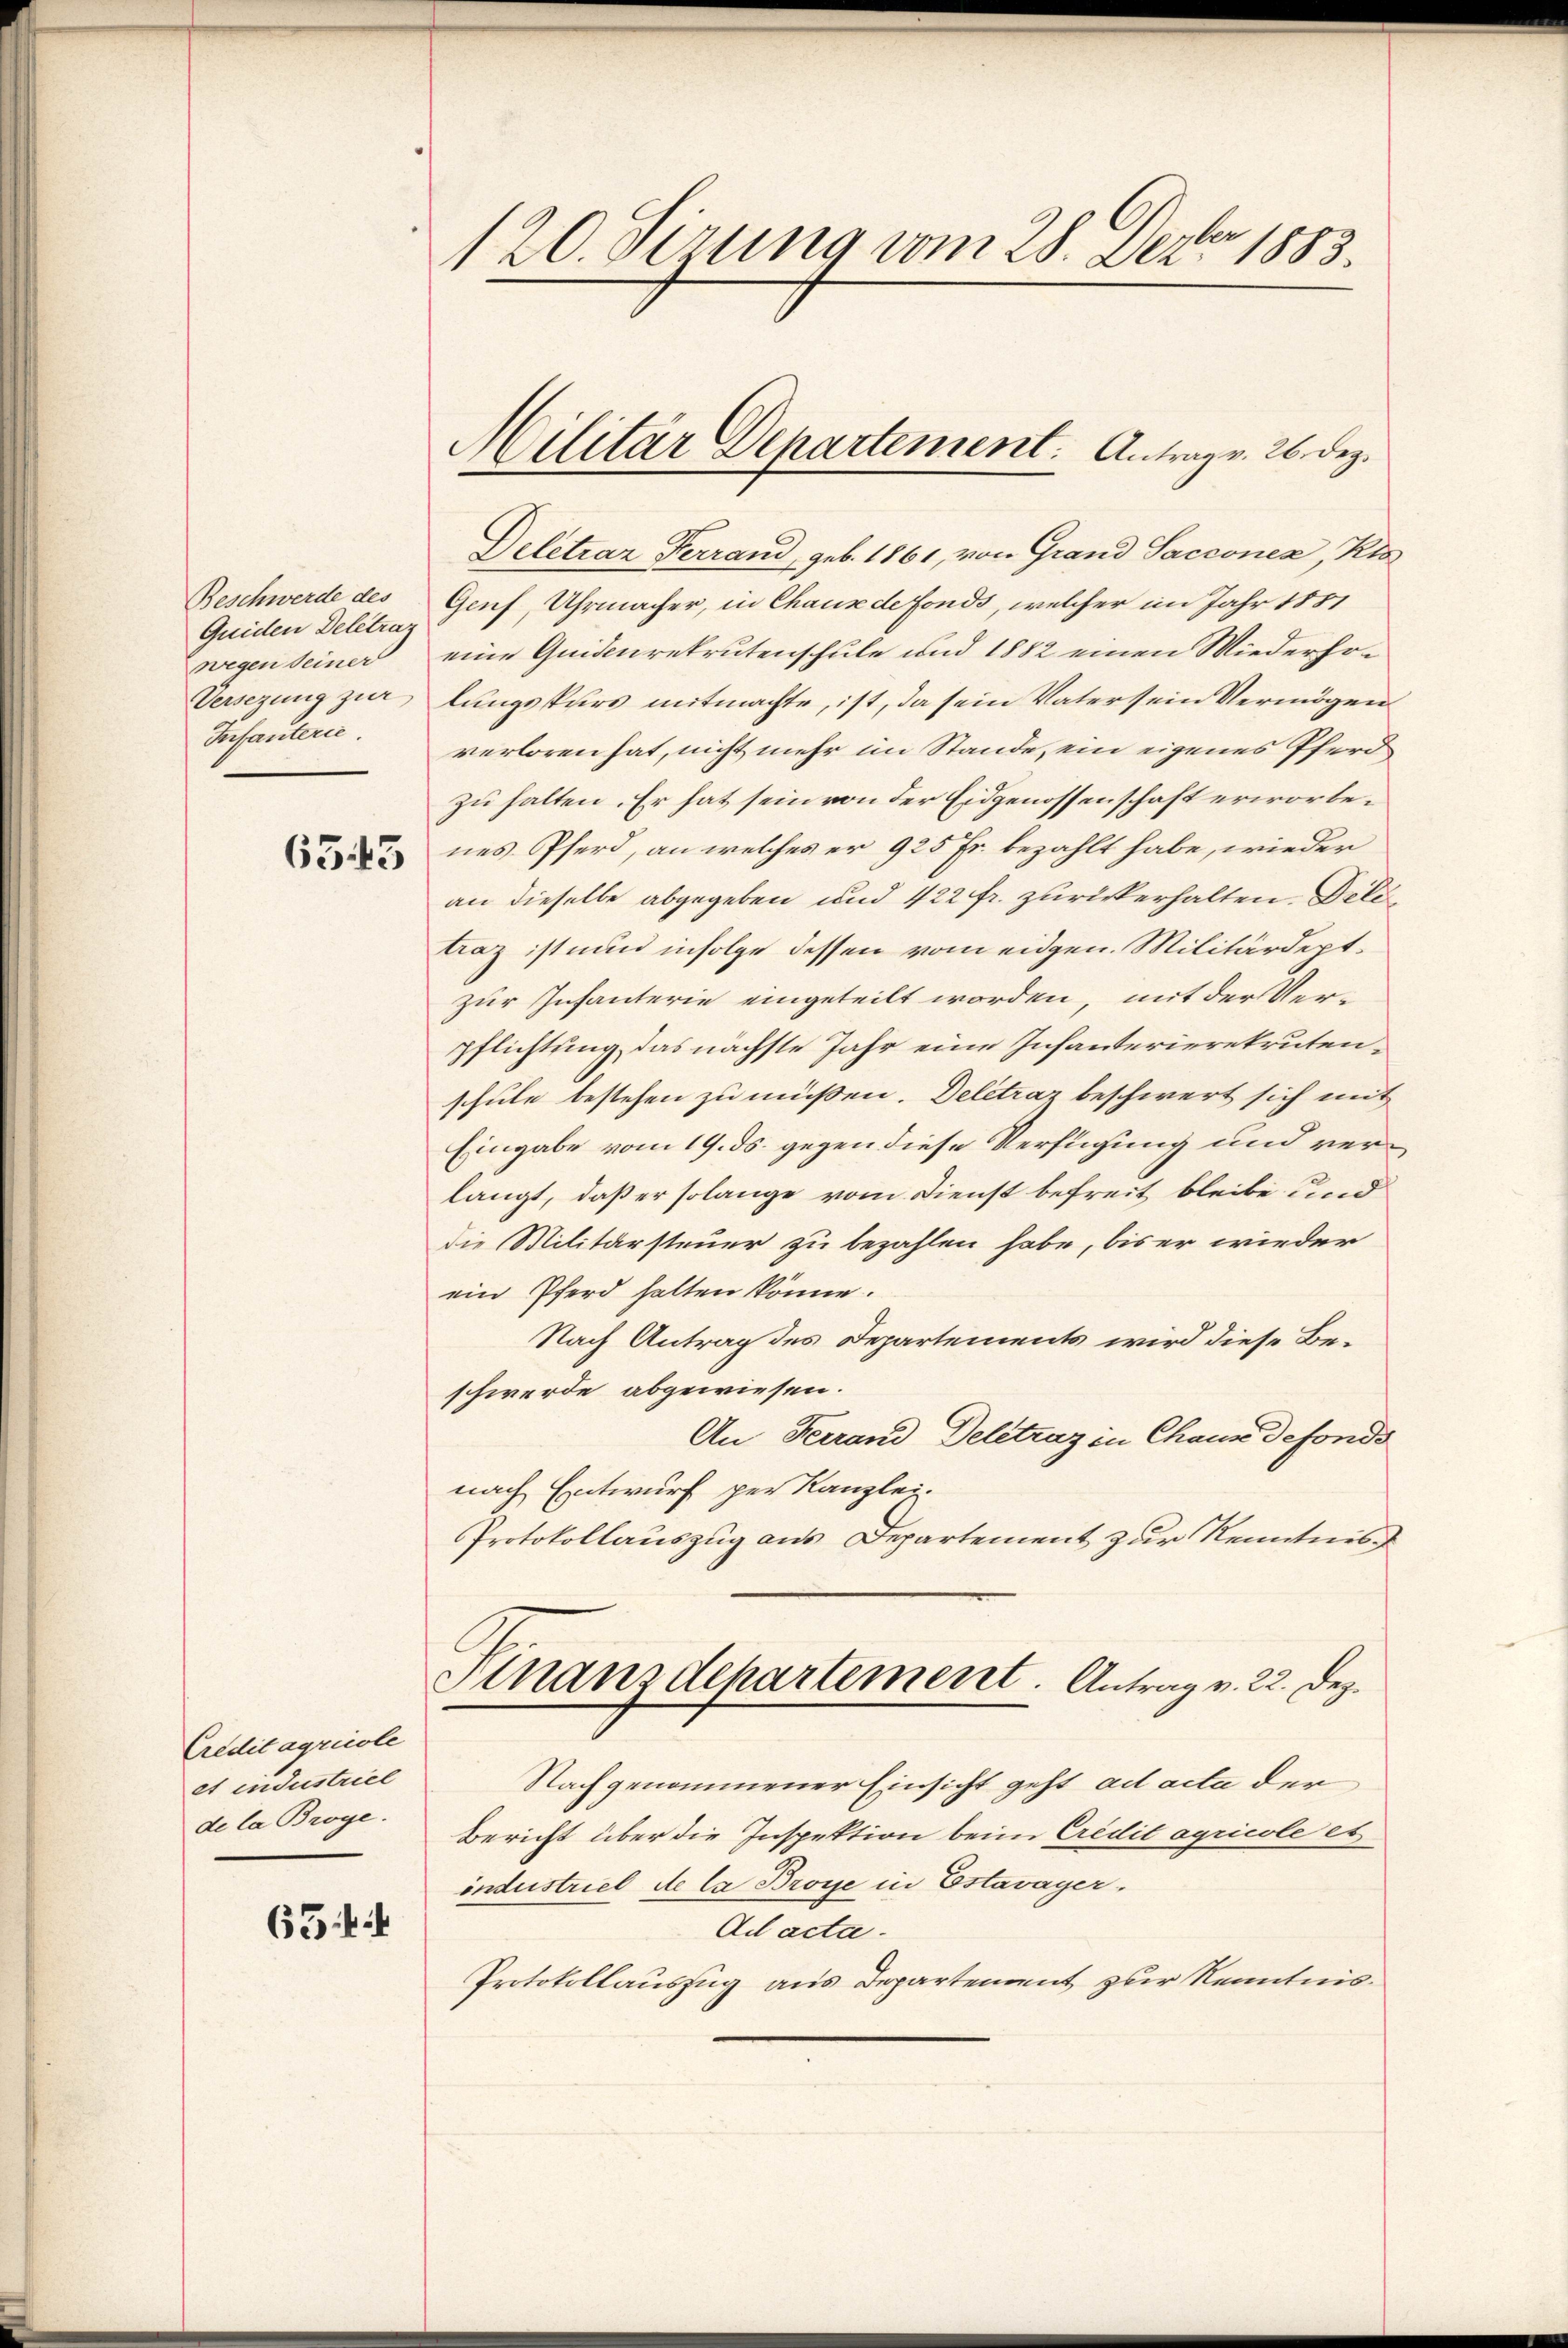
Beschwerde des
Quiden Deletrag
Versezung zur
Infanterie.

6543

Credit agricole
et industriel
de la Broye.

65 ff

120. dirung vom 28. Dez. 1883.

Militär Departement. Antrag v. 26. Dez.

Deletrar Ferrand, geb. 1861, von Grand Sacconen, Kts
Genf, Uhrmacher, in Chaux de fonds, welcher im Jahr 1851
wegen seiner eine Quidenrekrutenschule und 1882 einen Wiederholungspurs mitmachte, ist, da sein Vater sein Vermögen
verloren hat, nicht mehr im Stande, ein eigenes Pferd
zu halten. Er hat sein von der Eidgenossenschaft erworbenes Pferd, an welches er 925 Fr. bezahlt habe, wieder
an dieselbe abgegeben und 422 fr. zurückerhalten. Dele
Laz ist nun infolge dessen vom eidgen. Militärdeptzur Infanterie eingeteilt worden, mit der Verpflichtung, das nächste Jahr eine Infanterierekrutenschule bestehen zu müßen. Deletraz beschwert sich mit
Eingabe vom 19. ds. gegen diese Verfügung und verlangt, daß er solange vom Dienst befreit bleibe und
die Militärsteuer zu bezahlen habe, bis er wieder
ein Pferd halten könne.
Nach Antrag des Departements wird diese Beschwerde abgewiesen.
An Ferrand Deletraz in Chaux defonds
nach Entwurf per Kanzlei.
Protokollauszug aus Departement zur Kenntnis
Finanzdepartement. Antrag v. 22. Dez.
Nachgenommener Einsicht geht ad acta der
Bericht über die Inspektion beim Credit agricole et
industriel de la Brose in Estavayer.
Ad acta.
Protokollauszug aus Departement zur Kenntnis¬